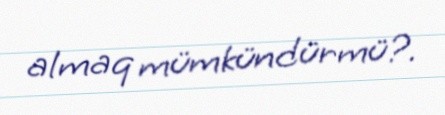
almaq mümkündürmü?.